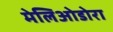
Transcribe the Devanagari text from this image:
मेलिओडोरा